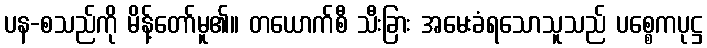
ပန-စသည်ကို မိန့်တော်မူ၏။ တယောက်စီ သီးခြား အမေးခံရသောသူသည် ပစ္စေကပုဋ္ဌ